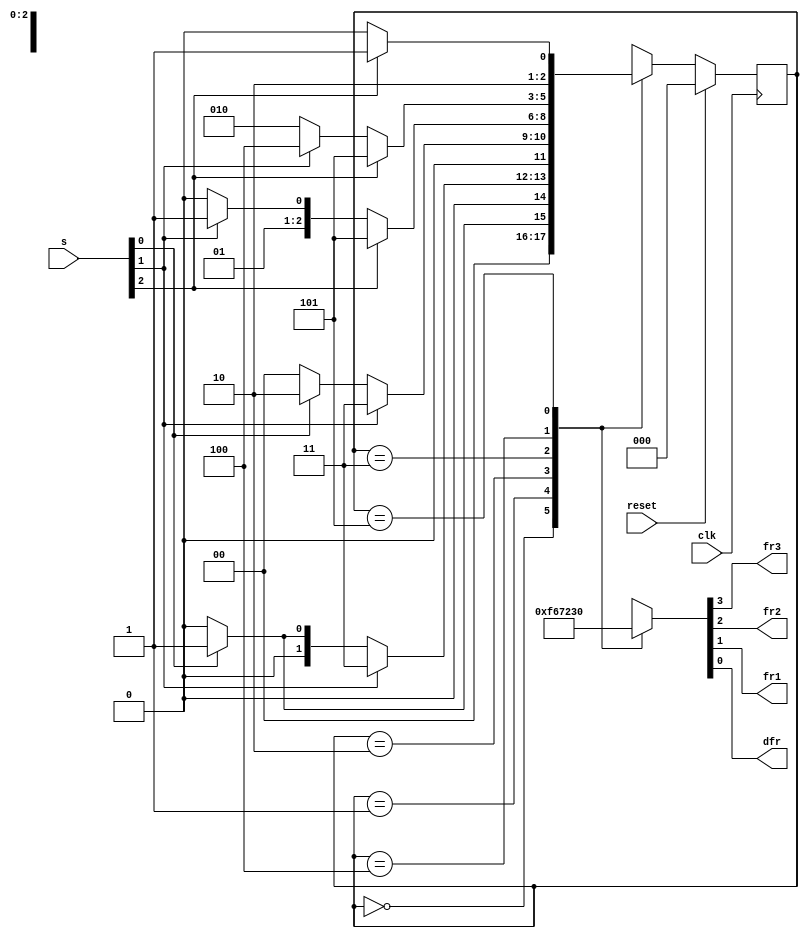
module top_module (
    input clk,
    input reset,
    input [3:1] s,
    output fr3,
    output fr2,
    output fr1,
    output dfr
); 

    reg [2:0] state, next_state;
    parameter S1 = 0, S2 = 1, S3 = 2, S4 = 3, S5 = 4, S6 = 5;

    always @(posedge clk) begin
        if (reset) begin
            state <= S1;
        end
        else begin
            state <= next_state;
        end
    end

    always @(*) begin
        case (state)
            S1: next_state = s[1] ? S2 : S1;
            S2: next_state = s[2] ? S4 : (s[1] ? S2 : S1);
            S3: next_state = s[2] ? S4 : (s[1] ? S3 : S1);
            S4: next_state = s[3] ? S6 : (s[2] ? S4 : S3);
            S5: next_state = s[3] ? S6 : (s[2] ? S5 : S3);
            S6: next_state = s[3] ? S6 : S5;
            default: next_state = 3'bxxx;
        endcase
    end

    always @(*) begin
        case (state)
            S1: {fr3, fr2, fr1, dfr} = 4'b1111;
            S2: {fr3, fr2, fr1, dfr} = 4'b0110;
            S3: {fr3, fr2, fr1, dfr} = 4'b0111;
            S4: {fr3, fr2, fr1, dfr} = 4'b0010;
            S5: {fr3, fr2, fr1, dfr} = 4'b0011;
            S6: {fr3, fr2, fr1, dfr} = 4'b0000;
            default: {fr3, fr2, fr1, dfr} = 4'bxxxx;
        endcase
    end
endmodule